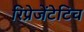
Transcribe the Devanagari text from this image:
रिप्रेजेंटेटिव